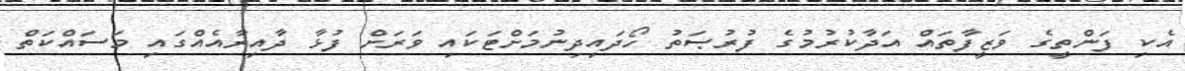
އެކި ފަންތީގެ ވަޒީފާތައް އަދާކުރުމުގެ ފުރުޞަތު ހޯދައިދިނުމަށްޓަކައި ވަރަށް ފުޅާ ދާއިރާއެއްގައި މަސައްކަތް